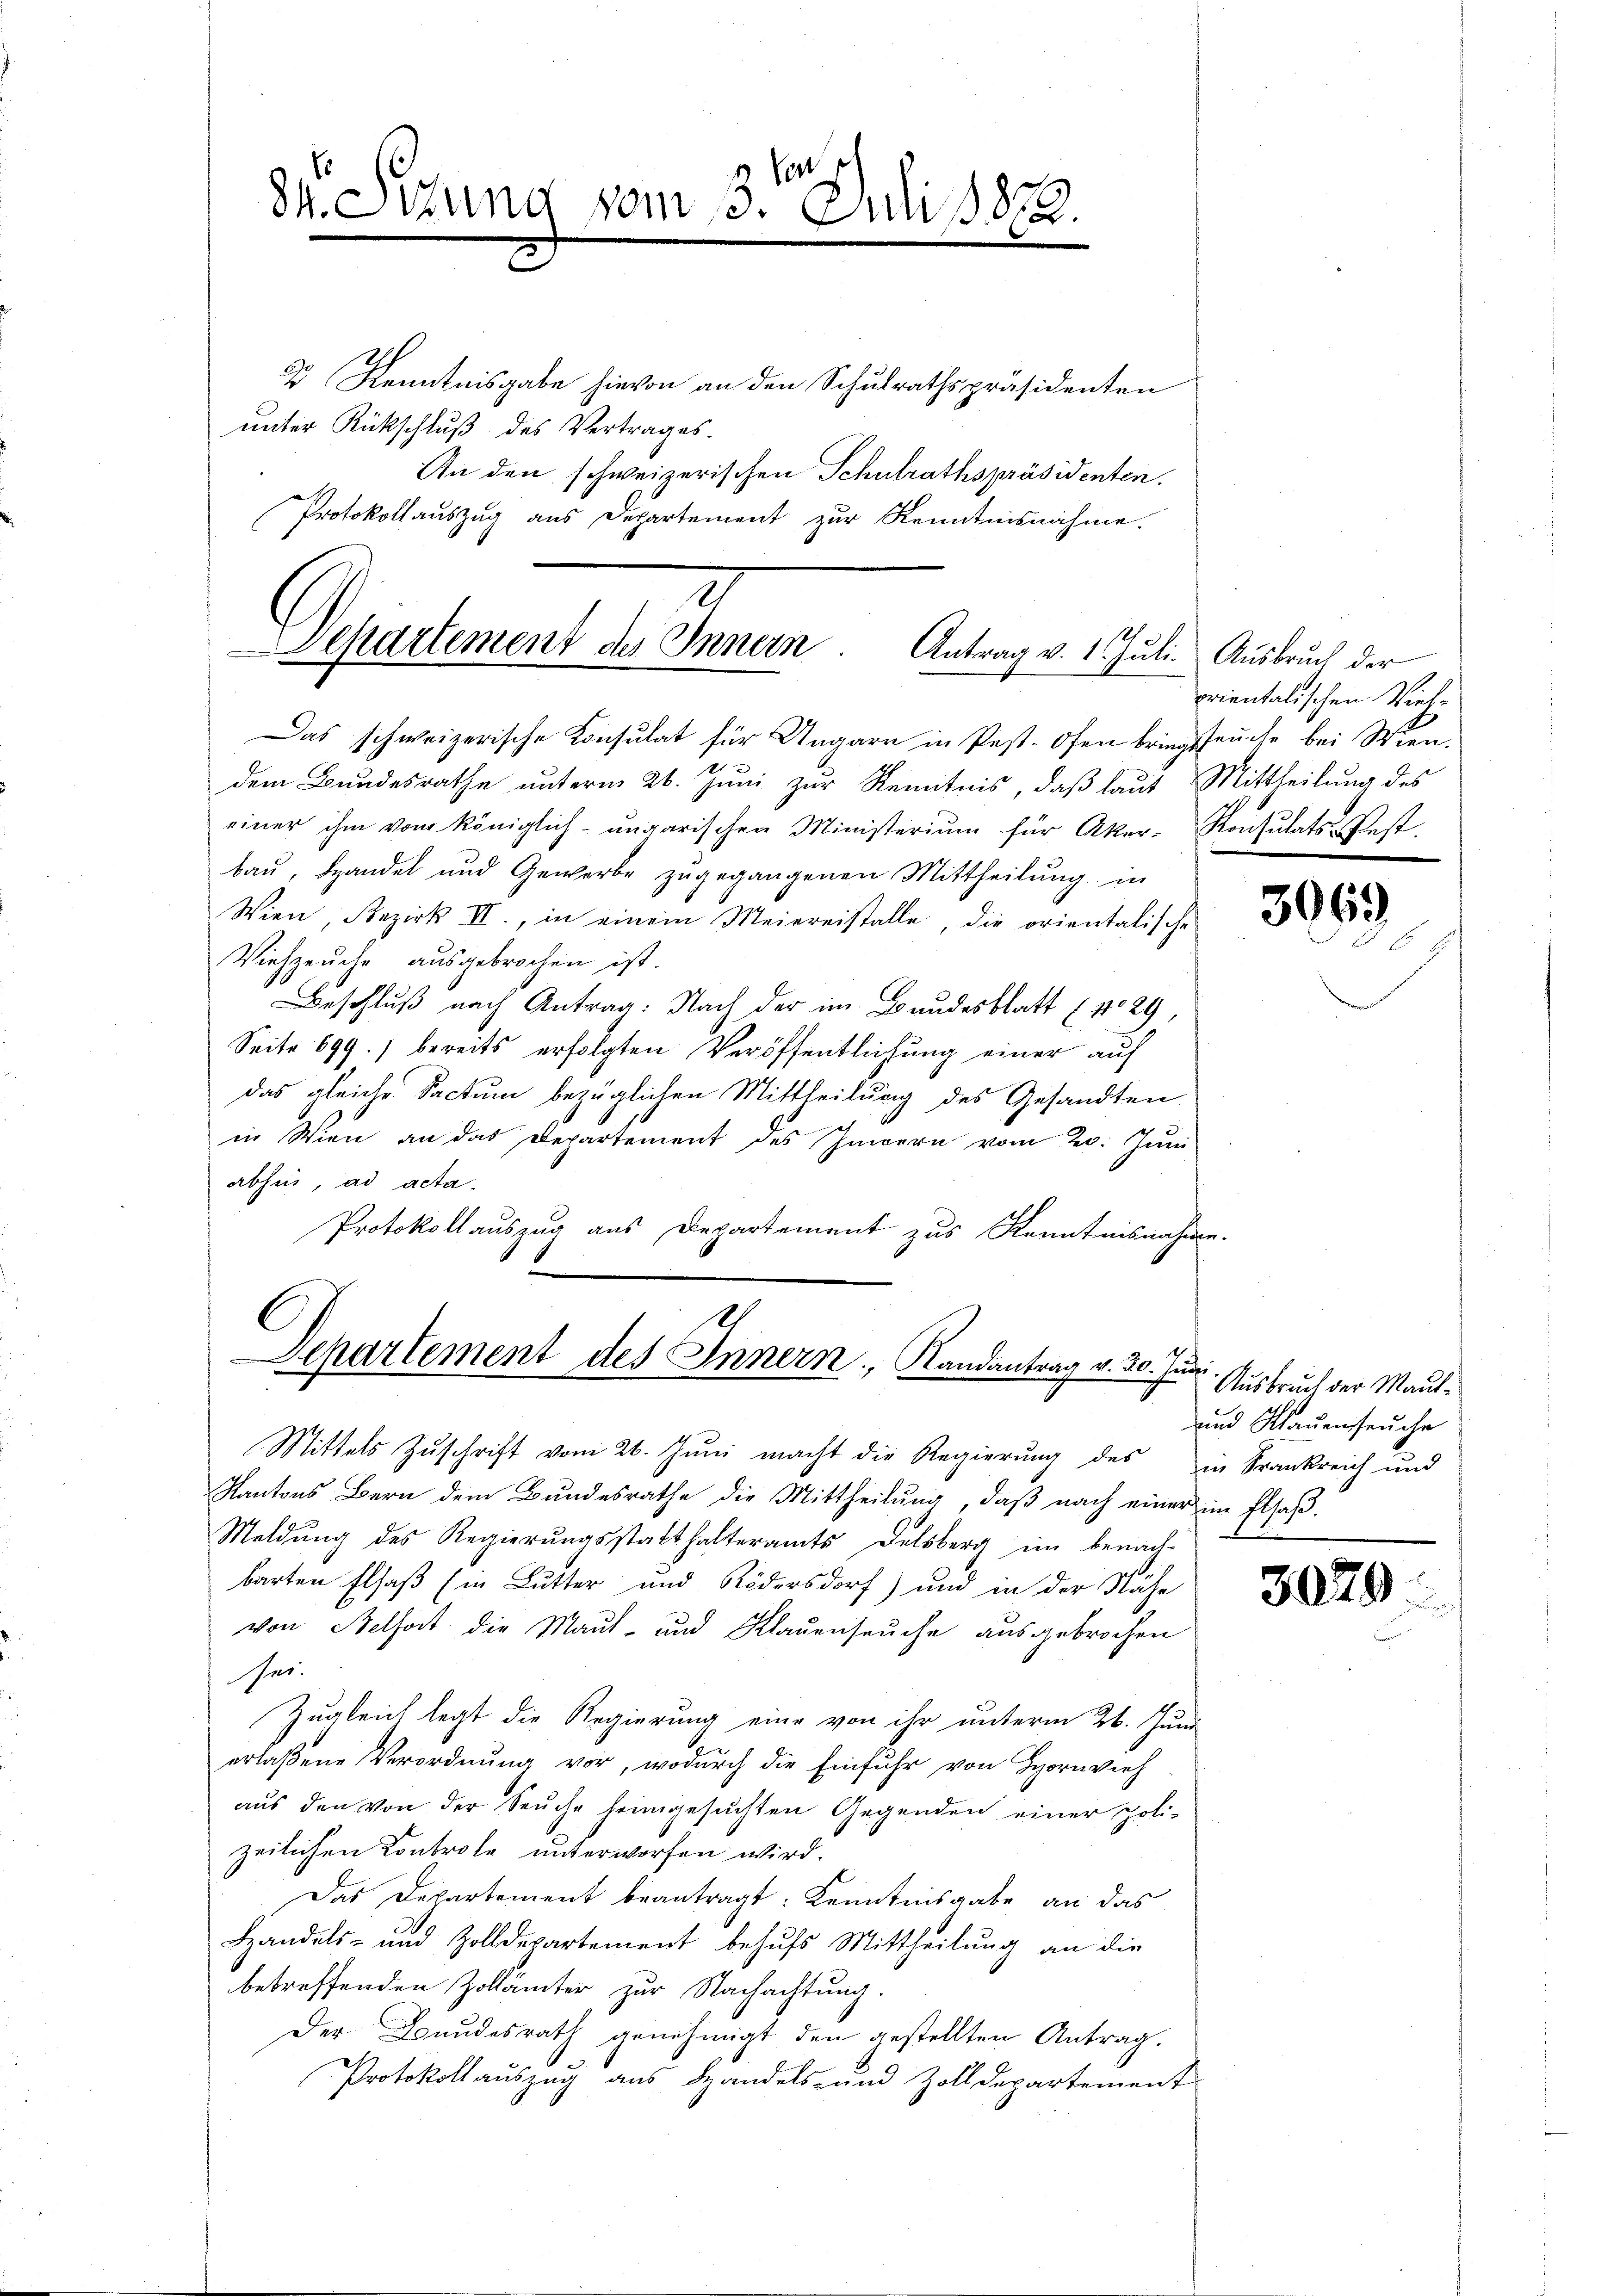
84. Sitzung

vom 13. Juli 1872.

3 Kenntnisgabe hievon an den Schulrathspräsidenten
unter Rückschluß des Vertrages.
An den schweizerischen Schulrathspräsidenten.
Protokollauszug aus Departement zur Kenntnisnahme.

2
Separtement des Innern Antrag v. 1. Jŭli. Aŭsbrŭch der

Das schweizerische Konsulat für Ungarn in Pest. Ofen bringsseuche bei Wien-
21
dem Bŭndesrathe ŭnterm 26. Jŭni zur Kenntnis, daβ laŭt Mittheilŭng des
einer ihm vom königlich-ungarischen Ministerium für Aker-Konsulats-Pest.
bau, Handel und Gewerbe zugegangenen Mittheilung in
Wien, Bezirk II., in einem Meiereistalle, die orientalische
Viehzeuche ausgebrochen ist.
Beschluß nach Antrag: Nach der im Bundesblatt No 29,
Seite 699.) bereits erfolgten Veröffentlichung einer auf
das gleiche Factum bezüglichen Mittheilung des Gesandten
in Wien an das Departement des Innern vom 20. Juni
abhin, ad acta.
Protokollauszug aus Departement zur Kenntnisnahme.
1

2
Separtement des Innern, Randantrag v. 30. Juni

Kantons Bern dem Bundesrathe die Mittheilung, daß nach einer im Elsaß.
Meldung des Regierŭngsstatthalteramts Delsberg im benach-
barten Elsaß (in Lutter und Rödersdorf) und in der Nähe
von Belfort die Maut- und Klauenseuche ausgebrochen
ser.
Zugleich legt die Regierung eine von ihr unterm 26. Juni
erlaßene Verordnung vor, wodurch die Einfuhr von Hornvieh
aus den von der Seuche heimgesuchten Gegenden einer poli-
zeilichen Kontrole unterworfen wird.
Das Departement beantragt: Kenntnisgabe an das
Handels- und Zolldepartement behufs Mittheilung an die
betreffenden Zollämter zur Nachachtung.
Der Bundesrath genehmigt den gestellten Antrag.
Protokollauszug aus Handels- und Zolldepartement

Mittels Zŭschrift vom 26. Juni macht die Regierung des in Krankreich und

orientalischen Vieh¬

306)

Ausbruch der Maut¬
und Mauenseuche

3079